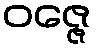
ဝဇ္ဇေ